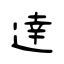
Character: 逹